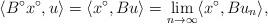
LaTeX: \begin{align*} \langle B^{\circ}x^{\circ}, u\rangle=\langle x^{\circ}, Bu\rangle=\lim_{n\to\infty}\langle x^{\circ}, Bu_{n}\rangle,\end{align*}